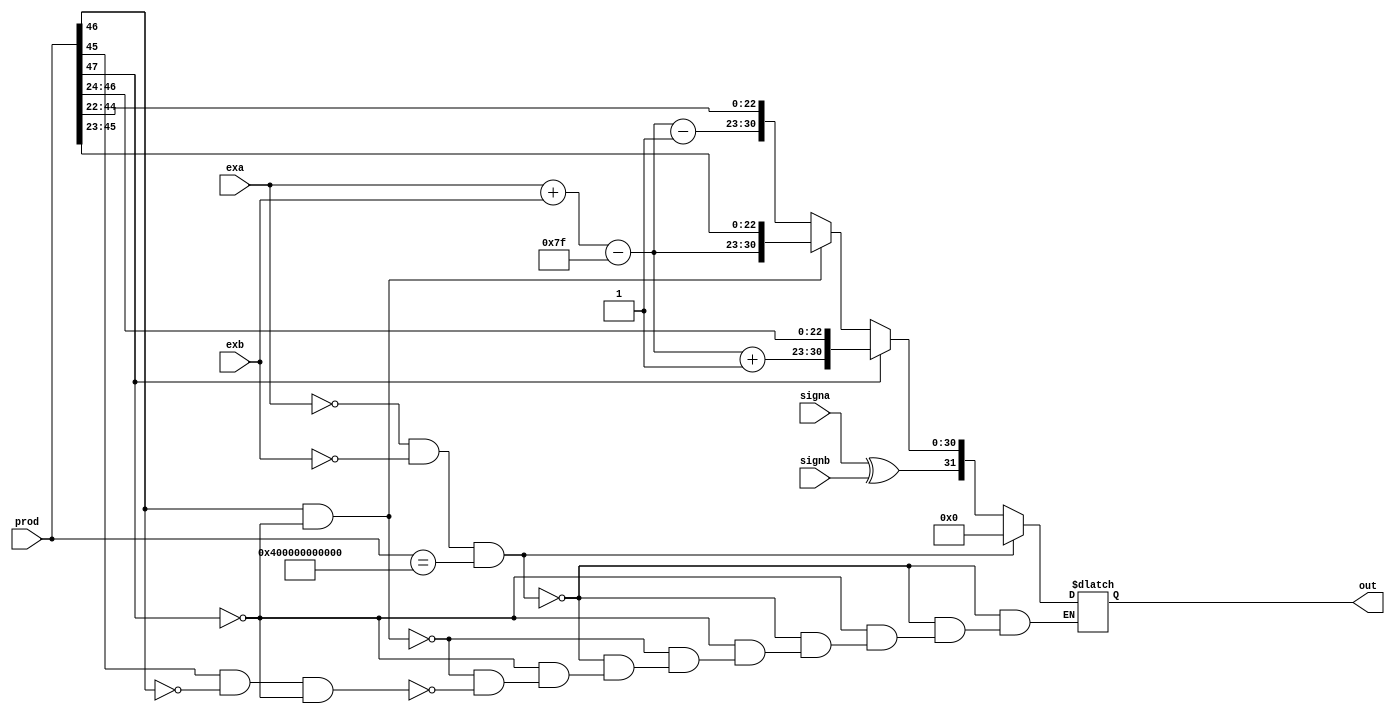
`timescale 1ns / 1ps
//////////////////////////////////////////////////////////////////////////////////
// Company: 
// Engineer: 
// 
// Design Name: 
// Module Name: rng
// Project Name: 
// Target Devices: 
// Tool Versions: 
// Description: 
// 
// Dependencies: 
// 
// Revision:
// Revision 0.01 - File Created
// Additional Comments:
// 
//////////////////////////////////////////////////////////////////////////////////


module rng(output reg [31:0] out, input signa,signb, input [7:0] exa,exb, input [47:0] prod);
integer i,k=0;
reg [8:0] exo;
always @(*)
begin
    if(exa==8'h00 & exb==8'h00 & prod==48'h400000000000)
            out = 32'h0;
    else
    if(prod[47])
    begin
        exo = exa+exb-8'b01111111+1;
        if(exo[8])
            out = 32'hx;
        else
            out ={signa^signb,exo[7:0],prod[46:24]};
    end
    else if(prod[46] & ~prod[47])
    begin 
        exo = exa+exb-8'b01111111;
        if(exo[8])
             out = 32'hx;
        else
        out ={signa^signb, exo[7:0], prod[45:23]};
    end
    else if(prod[45] & ~prod[46] & ~prod[47])
    begin
        exo = exa+exb-8'b01111111-1'b1;
        if(exo[8])
              out = 32'hx;
        else
        out = {signa^signb,exo[7:0], prod[44:22]};
    end
end
endmodule